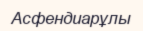
Асфендиарұлы